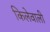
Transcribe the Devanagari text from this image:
किलेवाली